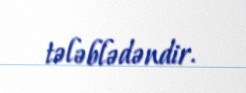
tələblədəndir.